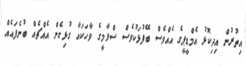
އިތުރުން އިދިކޮޅު އެމްޑީޕީގެ އެއްވެސް ބޭފުޅަކުވެސް ސްވާމީގެ ވާހަކައާ ގުޅިގެން އެއްޗެއް ބުނެފައެއް